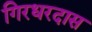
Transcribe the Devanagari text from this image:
गिरधरदास